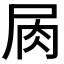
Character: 𡱎